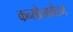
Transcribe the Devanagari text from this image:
कन्सोलामेंटम